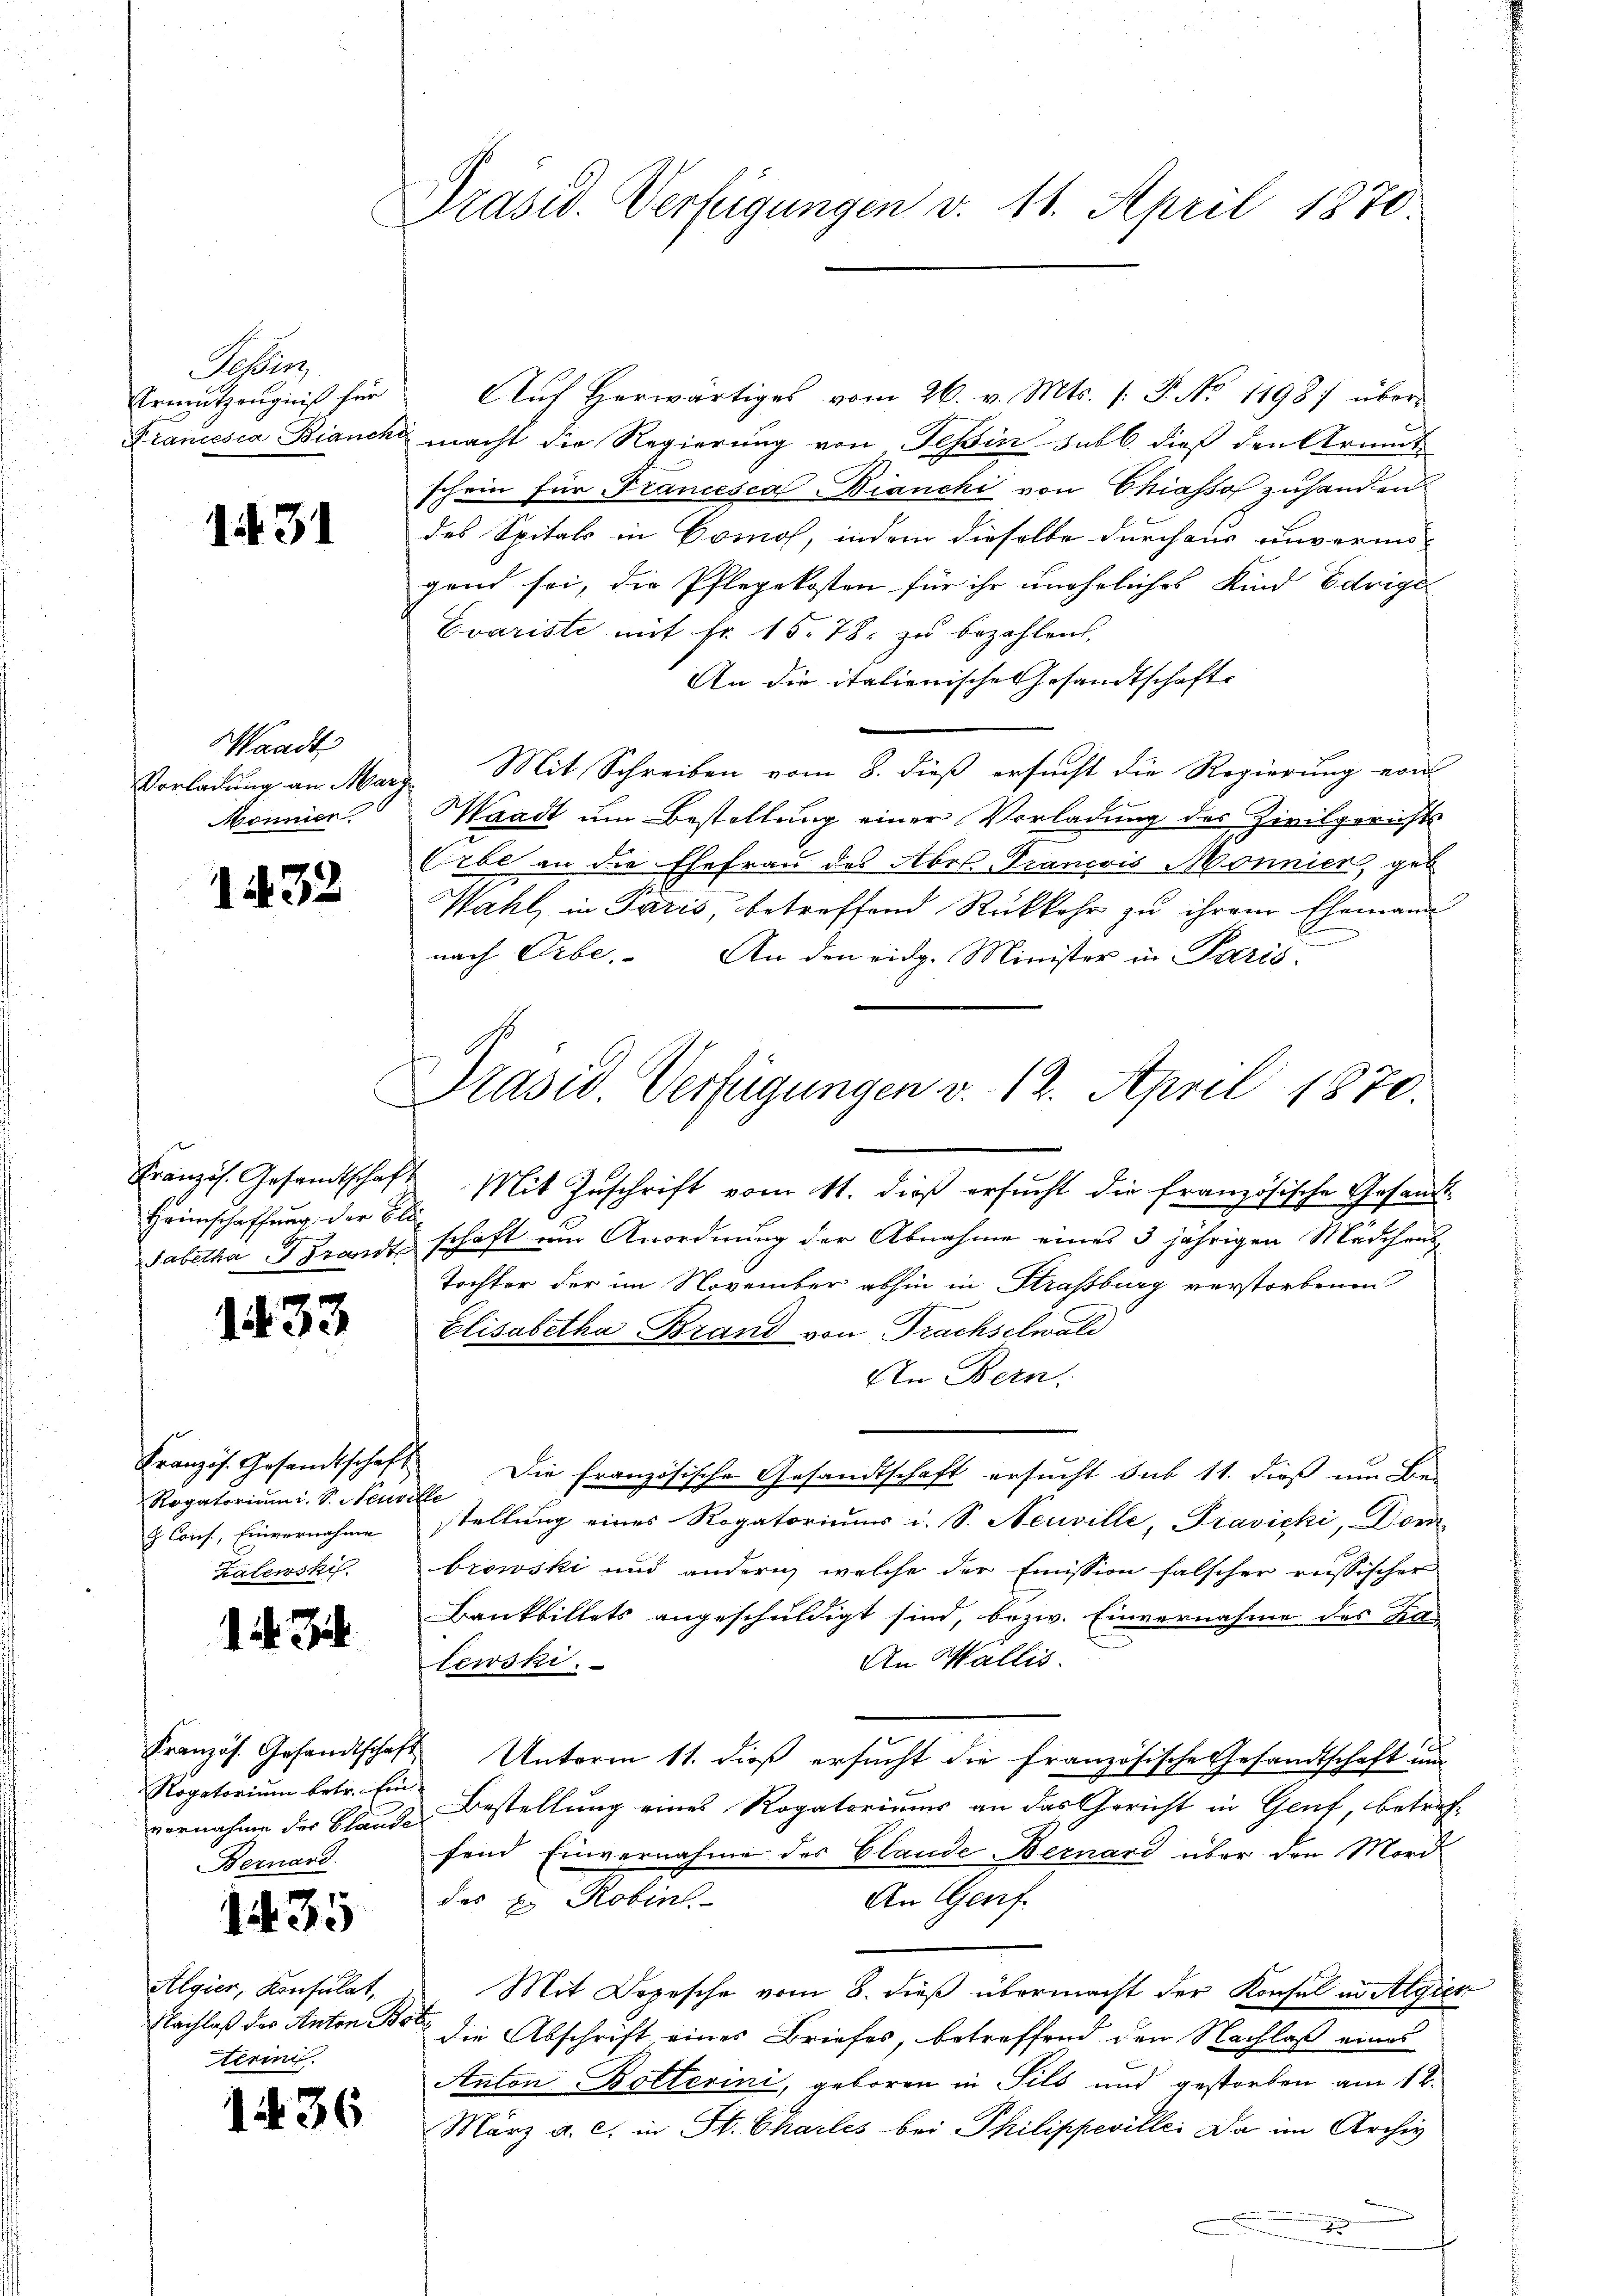
Kein
Urmutzenginis für
Francesca Bianche

1431

Waadt
Mönnier

1432

Heimschaffung der Bli

1433

Rogatorium i. S. Neuville
G Cois, Einvernahme
Kalewski

1.

Rogatorium betr. Ein-
vornahme des Blande
Bernard.

1. 35

Algier, Konsulat,
terin.

1436

Präsid. Verfügungen v. 11. April 1870.

Aŭf herwärtiges vom 26. v. Mts. /: P. Nr. 1198) über-
macht die Regierung von Teßin subl. dieß den Armut
schein für Francesca Bianchi von Chiasso zuhanden
des Spitals in Comos, indem dieselbe durchaus unvermö-
gend sei, die Pflegekosten für ihr uneheliches Kind Edrige
Evariste mit Fr. 15. 78. zu bezahlen.
An die italienische Gesandtschafte
Vorladung an Marg Mit Schreiben vom 8. dieß ersucht die Regierung von
Waadt um Bestellung einer Vorladung des Zivilgerichts
Erbe an die Ehefrau des Aber Francois Monnien, ge¬
Wahl, in Paris, betreffend Rückkehr zu ihrem Ehemann
nach Erbe. An den eidg. Minister in Paris.
sabetha Brandtschaft um Anordnung der Abnahme eines 3 jährigen Mädchens
Tochter der im November abhin in Strassburg verstorbenen
Elisabetha Brand von Trachselwald
In Bern.
Französ. Gesandtschaft Die französische Gesandtschaft ersucht sub 11. dieß um Be-
stellung eines Rogatoriums i. S. Neuville, Fravicki, Dor
browski und andern, welche der Emission falscher russischer
Bankbillets angeschuldigt sind, bezw. Einvernahme des Ka
An Wallis.
lewski.
Kranzös. Gesandtschaft Unterm 11. dieβ ersŭcht die französische Gesandtschaft und
Bestellung eines Rogatoriums an das Gericht in Genf, betreffend Einvernahme des Elande Bernard über den Mord¬
An Genf.
des E. Robin.
Mit Depesche vom 8. dieß übermacht der Konsul in Algier
Nachlaß des Antone die Abschrift eines Briefes, betreffend den Nachlaß eines
Anton Bolterini, geboren in Sils und gestorben am 14.
März a. c. in St. Charles bei Philippeville. Da im Archiv

Präsid. Verfügungen v. 12. April 1870.
Französ. Gesamtschaft Mit Zuschrift vom 11. dieß ersŭcht die französische Gesandt-